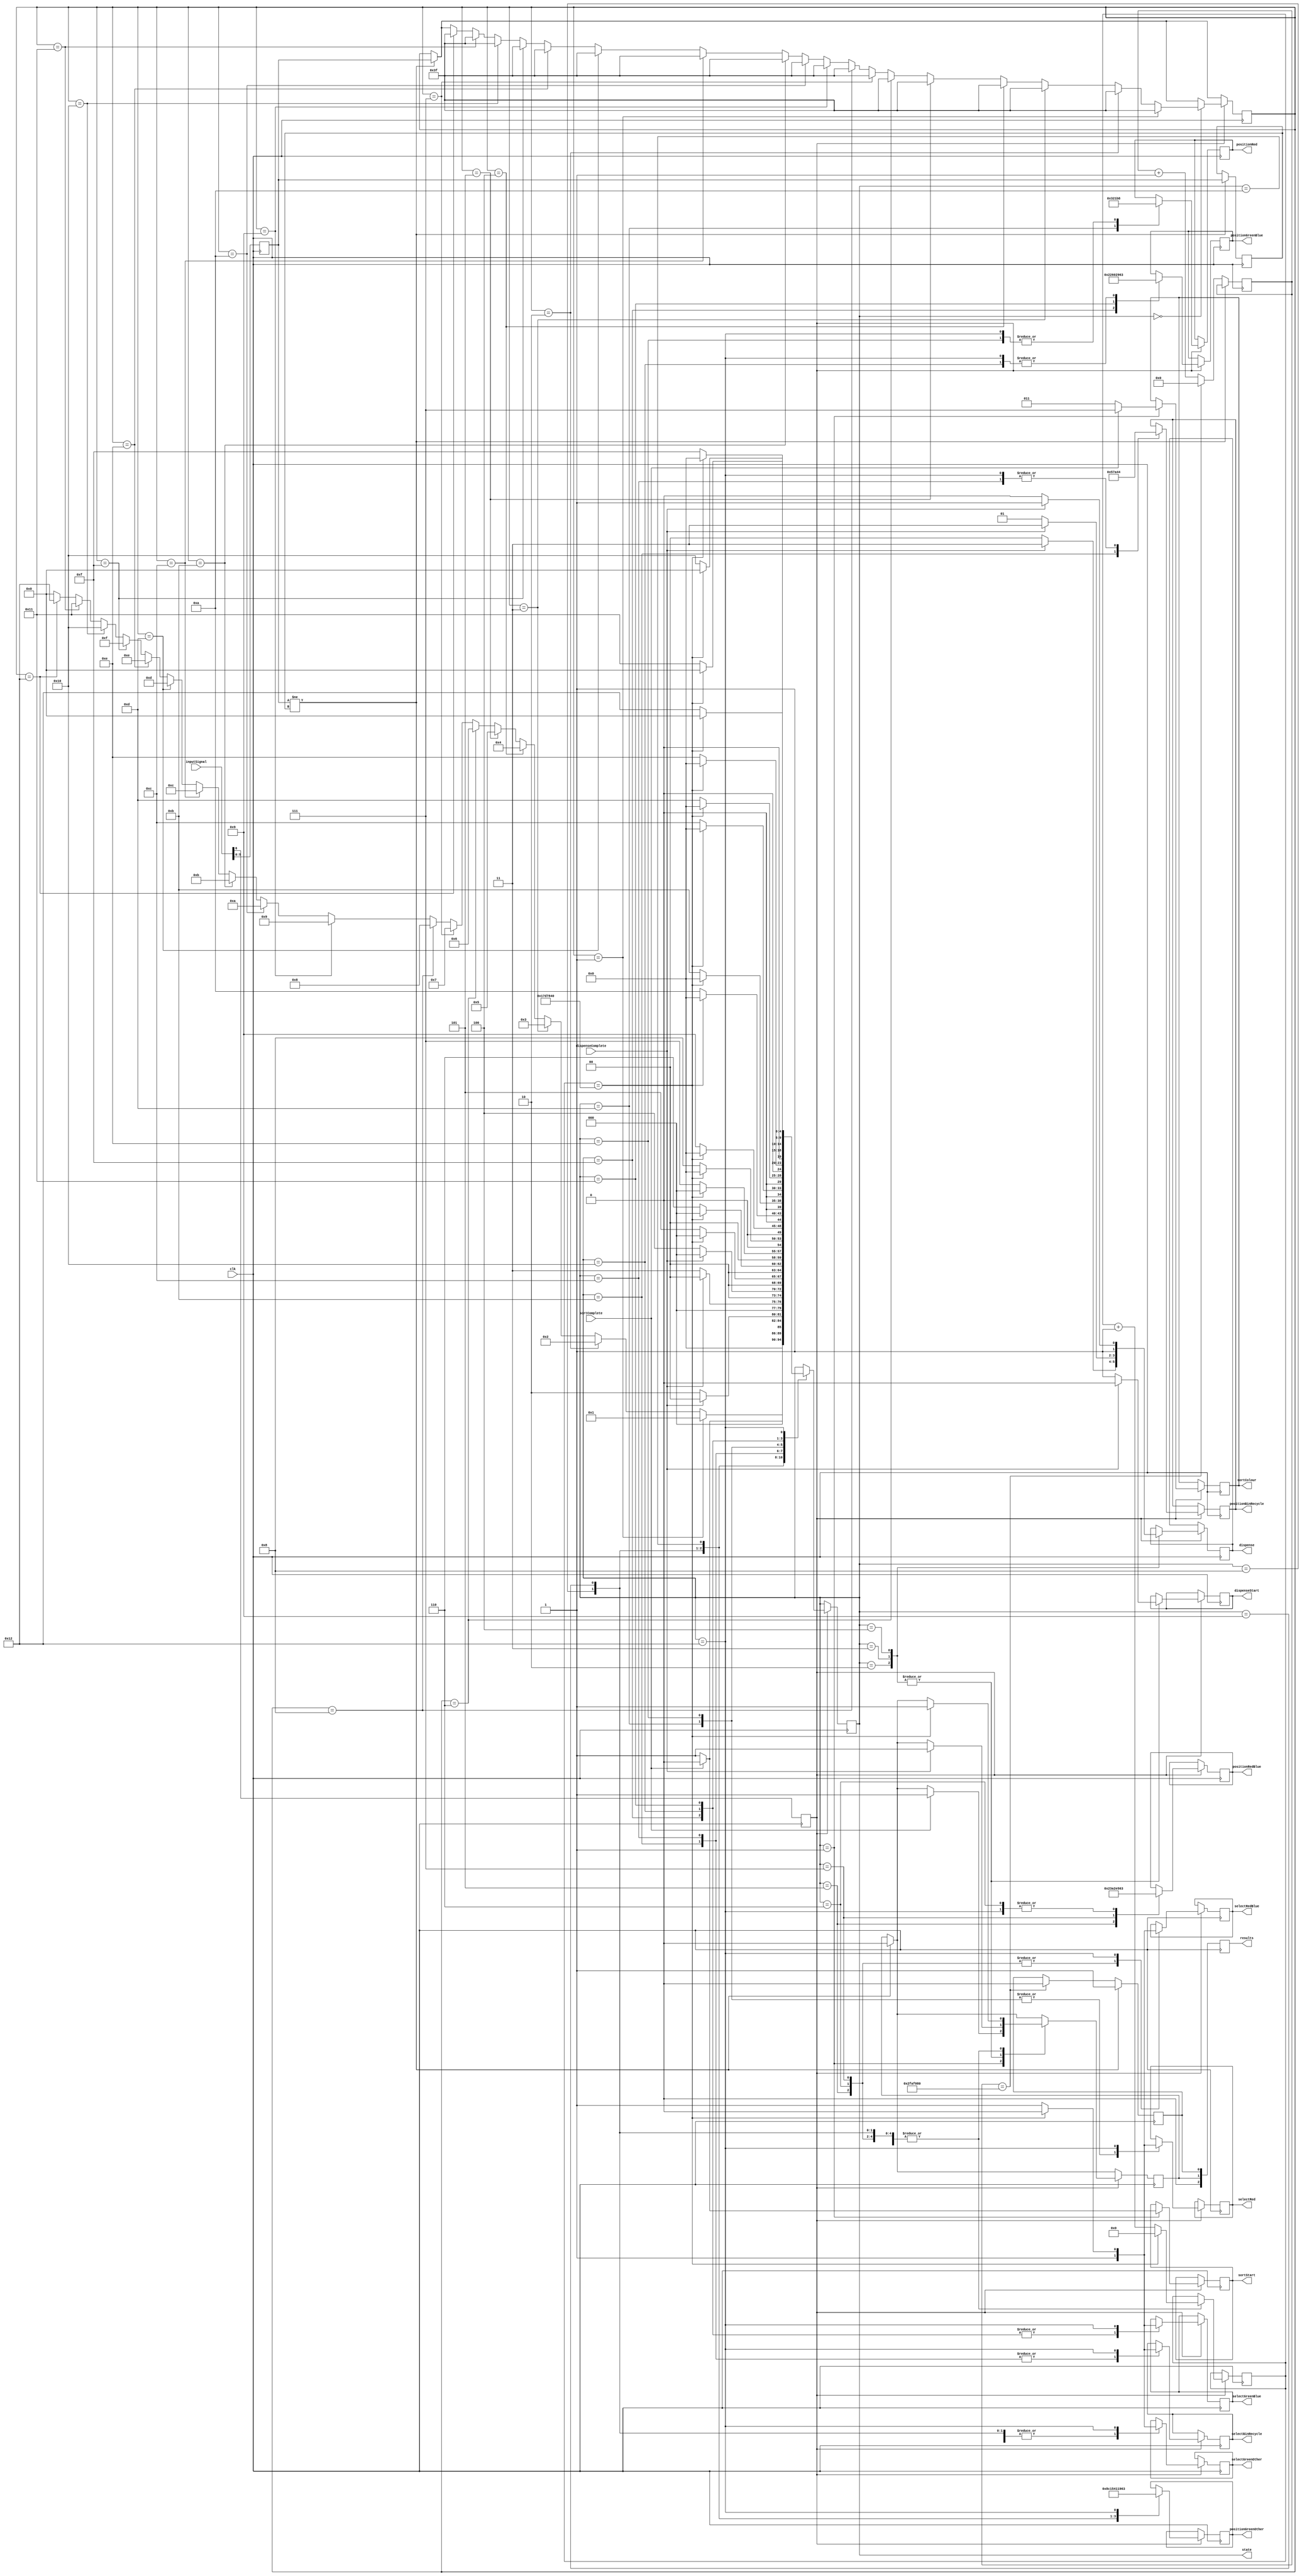
module maintenance(clk, inputSignal, results, sortStart, dispenseStart, sortColour, dispense, sortComplete, dispenseComplete,
			selectRedBlue, selectGreenOther, selectBinRecycle, selectRed, selectGreenBlue, positionRedBlue, positionGreenOther, positionBinRecycle, positionRed, positionGreenBlue, state);

//input
input clk;
input [6:0] inputSignal;
input sortComplete, dispenseComplete;

//output
output [2:0] results;
output [2:0] sortColour;	//which colour is to be sorted
output sortStart, dispenseStart;	//tell the system to start sorting and/or dispensing
output [1:0] dispense;		//which colour is to be dispensed
output [9:0] positionRedBlue, positionGreenOther, positionBinRecycle, positionRed, positionGreenBlue;
output selectRedBlue, selectGreenOther, selectBinRecycle, selectRed, selectGreenBlue;
output [4:0] state;


//reg
reg [4:0] state;
reg [0:0] start;
reg [5:0] controlSignal;
reg [5:0] controlSignal_reg;
reg [5:0] controlSignalCheck;
reg [2:0] sortColour;
reg sortStart, dispenseStart;
reg [1:0] dispense;
reg [2:0] results;
reg [0:0] complete;
reg [0:0] received;
reg [24:0] pause;
reg [26:0] count;
reg [9:0] positionRedBlue, positionGreenOther, positionBinRecycle, positionRed, positionGreenBlue;
reg selectRedBlue, selectGreenOther, selectBinRecycle, selectRed, selectGreenBlue;

//initial
initial state = 5'd0;
initial pause = 25'd0;
initial count = 27'd0;
initial dispense = 2'b11;
initial sortColour = 3'b111;

//parameter
parameter control = 5'd0, binHopper = 5'd1, dispenseRed = 5'd2, dispenseGreen = 5'd3, dispenseBlue = 5'd4,
		  testRedBlueLeft = 5'd5, testRedBlueCentre = 5'd6, testRedBlueRight = 5'd7, testGreenOtherUp = 5'd8,
		  testGreenOtherCentre = 5'd9, testGreenOtherDown = 5'd10, testBinRecycleLeft = 5'd11,
		  testBinRecycleRight = 5'd12, testRedPush = 5'd13, testRedHome = 5'd14, testGreenBlueLeft = 5'd15,
		  testGreenBlueCentre = 5'd16, testGreenBlueRight = 5'd17, maintenanceEND = 5'd18;

//return signals
always@(posedge clk)
	begin
	results[0:0] <= received;
	results[1:1] <= complete;
	results[2:2] <= 1'b0;
	end

//main code
always@(posedge clk)
	begin
		controlSignal <= inputSignal[5:0];	//set the first 5 values of the input to the control signal
		start <= inputSignal[6:6];			//set the last bit of the input to the start signal
		if(controlSignal != controlSignalCheck)	//check if the input has changed
			begin
			controlSignalCheck <= controlSignal;	// reset the check to the new value
			controlSignal_reg <= controlSignal;		// changed the used value
			received <= 1'b1;	//set received to 1 when new signal is received
			complete <= 1'b0;	//reset complete
			end
		else if(count == 50000000)	//wait a second to turn received off
			begin
			count <= 27'b0;
			received <= 1'b0;
			end
		else
			begin
			count <= count + 1'b1;
			end
		if(start)	//if the start bit is equal to 1 then run the main code else do nothing
			begin
				case(state)
					control:
						begin
							if(controlSignal_reg == 6'b000001)	//check if the input is equal to 1
								begin
								controlSignal_reg <= 6'b111111;	//set the input reg to do nothing state so the code only runs once
								state <= binHopper;
								end
							else if(controlSignal_reg == 6'b000010)	//check if the input is equal to 2
								begin
								controlSignal_reg <= 6'b111111;	//set the input reg to do nothing state so the code only runs once
								state <= dispenseRed;
								end
							else if(controlSignal_reg == 6'b000011)	//check if the input is equal to 3
								begin
								controlSignal_reg <= 6'b111111;	//set the input reg to do nothing state so the code only runs once
								state <= dispenseGreen;
								end
							else if(controlSignal_reg == 6'b000100)	//check if the input is equal to 4
								begin
								controlSignal_reg <= 6'b111111;	//set the input reg to do nothing state so the code only runs once
								state <= dispenseBlue;
								end
							else if(controlSignal_reg == 6'b000101)	//check if the input is equal to 5
								begin
								controlSignal_reg <= 6'b111111;	//set the input reg to do nothing state so the code only runs once
								state <= testRedBlueLeft;
								end
							else if(controlSignal_reg == 6'b000110)	//check if the input is equal to 6
								begin
								controlSignal_reg <= 6'b111111;	//set the input reg to do nothing state so the code only runs once
								state <= testRedBlueCentre;
								end
							else if(controlSignal_reg == 6'b000111)	//check if the input is equal to 7
								begin
								controlSignal_reg <= 6'b111111;	//set the input reg to do nothing state so the code only runs once
								state <= testRedBlueRight;
								end
							else if(controlSignal_reg == 6'b001000)	//check if the input is equal to 8
								begin
								controlSignal_reg <= 6'b111111;	//set the input reg to do nothing state so the code only runs once
								state <= testGreenOtherUp;
								end
							else if(controlSignal_reg == 6'b001001)	//check if the input is equal to 9
								begin
								controlSignal_reg <= 6'b111111;	//set the input reg to do nothing state so the code only runs once
								state <= testGreenOtherCentre;
								end
							else if(controlSignal_reg == 6'b001010)	//check if the input is equal to 10
								begin
								controlSignal_reg <= 6'b111111;	//set the input reg to do nothing state so the code only runs once
								state <= testGreenOtherDown;
								end
							else if(controlSignal_reg == 6'b001011)	//check if the input is equal to 11
								begin
								controlSignal_reg <= 6'b111111;	//set the input reg to do nothing state so the code only runs once
								state <= testBinRecycleLeft;
								end
							else if(controlSignal_reg == 6'b001100)	//check if the input is equal to 12
								begin
								controlSignal_reg <= 6'b111111;	//set the input reg to do nothing state so the code only runs once
								state <= testBinRecycleRight;
								end
							else if(controlSignal_reg == 6'b001101)	//check if the input is equal to 13
								begin
								controlSignal_reg <= 6'b111111;	//set the input reg to do nothing state so the code only runs once
								state <= testRedPush;	
								end
							else if(controlSignal_reg == 6'b001110)	//check if the input is equal to 14
								begin
								controlSignal_reg <= 6'b111111;	//set the input reg to do nothing state so the code only runs once
								state <= testRedHome;
								end
							else if(controlSignal_reg == 6'b001111)	//check if the input is equal to 15
								begin
								controlSignal_reg <= 6'b111111;	//set the input reg to do nothing state so the code only runs once
								state <= testGreenBlueLeft;
								end
							else if(controlSignal_reg == 6'b010000)	//check if the input is equal to 16
								begin
								controlSignal_reg <= 6'b111111;	//set the input reg to do nothing state so the code only runs once
								state <= testGreenBlueCentre;
								end
							else if(controlSignal_reg == 6'b010001)	//check if the input is equal to 17
								begin
								controlSignal_reg <= 6'b111111;	//set the input reg to do nothing state so the code only runs once
								state <= testGreenBlueRight;
								end
							else if(controlSignal_reg == 6'b010010)	//check if the input is equal to 18
								begin
								controlSignal_reg <= 6'b111111;	//set the input reg to do nothing state so the code only runs once
								state <= maintenanceEND;
								end
							else		//if none of the above is true then the state stays the same and loop throw again
								begin
								state <= control;
								end
						end
					binHopper:			//BIN HOPPER
						begin
						sortStart <= 1'b1;	//set start sort to 1
						sortColour <= 3'b011;	//set the colour to bin
						if(sortComplete)	//if a complete signal is received then end state
							begin
							sortColour <= 3'b111;	//set colour to do nothing state
							sortStart <= 1'b0;		//set start sort to 0
							complete <= 1'b1;		//set the complete output to 1
							state <= control;		
							end
						else				//if not complete loop back to the start of the state
							begin
							state <= binHopper;
							end
						end
					dispenseRed:		//DISPENSE RED
						begin
						dispenseStart <= 1'b1;	//set start dispense to 1
						dispense <= 2'b00;		//set the colour to red
						if(dispenseComplete)	//if a complete signal is received then end this state
							begin
							dispense <= 2'b11;	// set the colour to do nothing state
							dispenseStart <= 1'b0;	//reset dispense start to 0
							complete <= 1'b1;	//set as complete
							state <= control;	//return to the control state
							end
						else
							begin
							state <= dispenseRed;	//else loop
							end
						end
					dispenseGreen:		//DISPENSE GREEN
						begin
						dispenseStart <= 1'b1;	//set start dispense to 1
						dispense <= 2'b01;		//set dispense to the colour green
						if(dispenseComplete)	//loop until the dispense complete signal is received
							begin
							dispense <= 2'b11;	//reset dispense to do nothing
							dispenseStart <= 1'b0;	//reset dispense start
							complete <= 1'b1;	//set as complete
							state <= control;	//return to the control state
							end
						else
							begin
							state <= dispenseGreen;	//else loop
							end
						end
					dispenseBlue:		//DISPENSE BLUE
						begin
						dispenseStart <= 1'b1;	//set start dispense to 1
						dispense <= 2'b10;		//set dispense to the colour blue
						if(dispenseComplete)	//loop until the dispense complete signal is received
							begin
							dispense <= 2'b11;	//reset dispense to do nothing
							dispenseStart <= 1'b0;	//reset dispense start
							complete <= 1'b1;	//set as complete
							state <= control;	//return to the control state
							end
						else
							begin
							state <= dispenseBlue; //else loop
							end
						end
					testRedBlueLeft:
						begin
						selectRedBlue <= 1'b1;
						positionRedBlue <= 10'd570;	//set servo to the left degrees
						if(pause == 25000000)	//wait for 0.5 seconds
							begin
							pause <= 25'b0;	//set pause to 0
							complete <= 1'b1;
							state <= control;	//goto control state
							end
						else
							begin
							pause <= pause + 1'b1;
							state <= testRedBlueLeft;
							end
						end
					testRedBlueCentre:
						begin
						selectRedBlue <= 1'b1;
						positionRedBlue <= 10'd355;	//set servo to the centre
						if(pause == 25000000)	//wait for 0.5 seconds
							begin
							pause <= 25'b0;	//set pause to 0
							complete <= 1'b1;
							state <= control;	//goto control state
							end
						else
							begin
							pause <= pause + 1'b1;	//increse pause by one
							state <= testRedBlueCentre;	//continue looping
							end
						end
					testRedBlueRight:
						begin
						selectRedBlue <= 1'b1;
						positionRedBlue <= 10'd185;	//set servo to right degrees
						if(pause == 25000000)	//wait for 0.5 seconds
							begin
							pause <= 25'b0;	//set pause to 0 
							complete <= 1'b1;
							state <= control;	//goto control state
							end
						else
							begin
							pause <= pause + 1'b1;	//increase pause by one
							state <= testRedBlueRight;	//goto state redBlueRight
							end
						end
					testGreenOtherUp:
						begin
						selectGreenOther <= 1'b1;
						positionGreenOther <= 10'd560;	//set servo to the up position
						if(pause == 25000000)	//wait for 0.5 seconds
							begin
							pause <= 25'b0;	//set pause to 0
							complete <= 1'b1;
							state <= control;	//goto state control
							end
						else
							begin
							pause <= pause + 1'b1;	//increase pause by one
							state <= testGreenOtherUp;	//goto state greenOtherUp
							end
						end
					testGreenOtherCentre:
						begin
						selectGreenOther <= 1'b1;
						positionGreenOther <= 10'd340;	//set servo to the centre
						if(pause == 25000000)	//wait for 0.5 seconds
							begin
							pause <= 25'b0;	//set pause to 0
							complete <= 1'b1;
							state <= control;	//goto state control
							end
						else
							begin
							pause <= pause + 1'b1;	//increase pause by one
							state <= testGreenOtherCentre;	//goto state greenOtherCentre
							end
						end
					testGreenOtherDown:
						begin
						selectGreenOther <= 1'b1;
						positionGreenOther <= 10'd70;	//set servo to the down position
						if(pause == 25000000)	//wait for 0.5 seconds
							begin
							pause <= 25'b0;	//set pause to 0
							complete <= 1'b1;
							state <= control;	//goto state control
							end
						else
							begin
							pause <= pause + 1'b1;	//increase pause by one
							state <= testGreenOtherDown;	//goto state greenOtherCentre
							end
						end
					testBinRecycleLeft:
						begin
						selectBinRecycle <= 1'b1;
						positionBinRecycle <= 10'd350;	//set servo to the left
						if(pause == 25000000)	//wait for 0.5 seconds
							begin
							pause <= 25'b0;	//set pause to 0
							complete <= 1'b1;
							state <= control;	//goto state binRecycle
							end
						else
							begin
							pause <= pause + 1'b1;	//increase pause by one
							state <= testBinRecycleLeft;	//goto state binRecycleLeft
							end
						end
					testBinRecycleRight:
						begin
						selectBinRecycle <= 1'b1;
						positionBinRecycle <= 10'd580;	//set servo to the right
						if(pause == 25000000)	//wait for 0.5 seconds
							begin
							pause <= 25'b0;	//set pause to 0
							complete <= 1'b1;
							state <= control;	//goto state control
							end
						else
							begin
							pause <= pause + 1'b1;	//increase pause by one
							state <= testBinRecycleRight;	//goto state binRecycleRight
							end
						end
					testRedPush:
						begin
						selectRed <= 1'b1;
						positionRed <= 10'd200;	//set servo to the push position
						if(pause == 25000000)	//wait for 0.5 seconds
							begin
							pause <= 25'b0;	//set pause to 0
							complete <= 1'b1;
							state <= control;	//goto state redRight
							end
						else
							begin
							pause <= pause + 1'b1;	//increase pause by one
							state <= testRedPush;	//goto state redLeft
							end
						end
					testRedHome:
						begin
						selectRed <= 1'b1;
						positionRed <= 10'd440;	//set servo to the home position
						if(pause == 25000000)	//wait for 0.5 seconds
							begin
							pause <= 25'b0;	//set pause to 0
							complete <= 1'b1;
							state <= control;	//goto state redCentre
							end
						else
							begin
							pause <= pause + 1'b1;	//increase pause by one
							state <= testRedHome;	//goto state redRight
							end
						end
					testGreenBlueLeft:
						begin
						selectGreenBlue <= 1'b1;
						positionGreenBlue <= 10'd550;	//set servo to the left
						if(pause == 25000000)	//wait for 0.5 seconds
							begin
							pause <= 25'b0;	//set pause to 0
							complete <= 1'b1;
							state <= control;	//goto state greenBlueRight
							end
						else
							begin
							pause <= pause + 1'b1;	//increase pause by one
							state <= testGreenBlueLeft;	//goto state greenBlueLeft
							end
						end
					testGreenBlueCentre:
						begin
						selectGreenBlue <= 1'b1;
						positionGreenBlue <= 10'd355;	//set servo to the centre
						if(pause == 25000000)	//wait for 0.5 seconds
							begin
							pause <= 25'b0;	//set pause to 0
							complete <= 1'b1;
							state <= control;	//goto state greenBlueCentre
							end
						else
							begin
							pause <= pause + 1'b1;	//increase pause by one
							state <= testGreenBlueCentre;	//goto state greenBlueRight
							end
						end
					testGreenBlueRight:
						begin
						selectGreenBlue <= 1'b1;
						positionGreenBlue <= 10'd10;	//set servo to the right
						if(pause == 25000000)	//wait for 0.5 seconds
							begin
							pause <= 25'b0;	//set pause to 0
							complete <= 1'b1;
							state <= control;	//goto state control
							end
						else
							begin
							pause <= pause + 1'b1;	//increase pause by one
							state <= testGreenBlueRight;	//goto state greenBlueCentre
							end
						end
						//reset all values to the default for controller mode
					maintenanceEND:
						begin
						selectRedBlue <= 1'b1;
						selectGreenOther <= 1'b1;
						selectBinRecycle <= 1'b1;
						selectRed <= 1'b1;
						selectGreenBlue <= 1'b1;
						positionRedBlue <= 10'd355;
						positionGreenOther <= 10'd355;
						positionBinRecycle <= 10'd580;
						positionRed <= 10'd440;
						positionGreenBlue <= 10'd355;
						if(pause == 25000000)	//wait for servos to return
							begin
							pause <= 25'b0;
							selectRedBlue <= 1'b0;
							selectGreenOther <= 1'b0;
							selectBinRecycle <= 1'b0;
							selectRed <= 1'b0;
							selectGreenBlue <= 1'b0;
							complete <= 1'b1;
							state <= control;
							end
						else
							begin
							pause <= pause + 1'b1;
							state <= maintenanceEND;
							end
						end
				endcase
			end
	end
	
endmodule